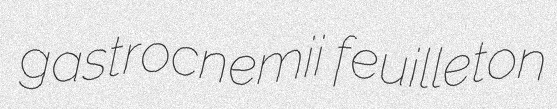
gastrocnemii feuilleton